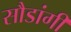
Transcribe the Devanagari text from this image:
सौडांगी